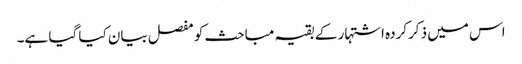
اس میں ذکرکردہ اشتہار کے بقیہ مباحث کو مفصل بیان کیا گیا ہے۔